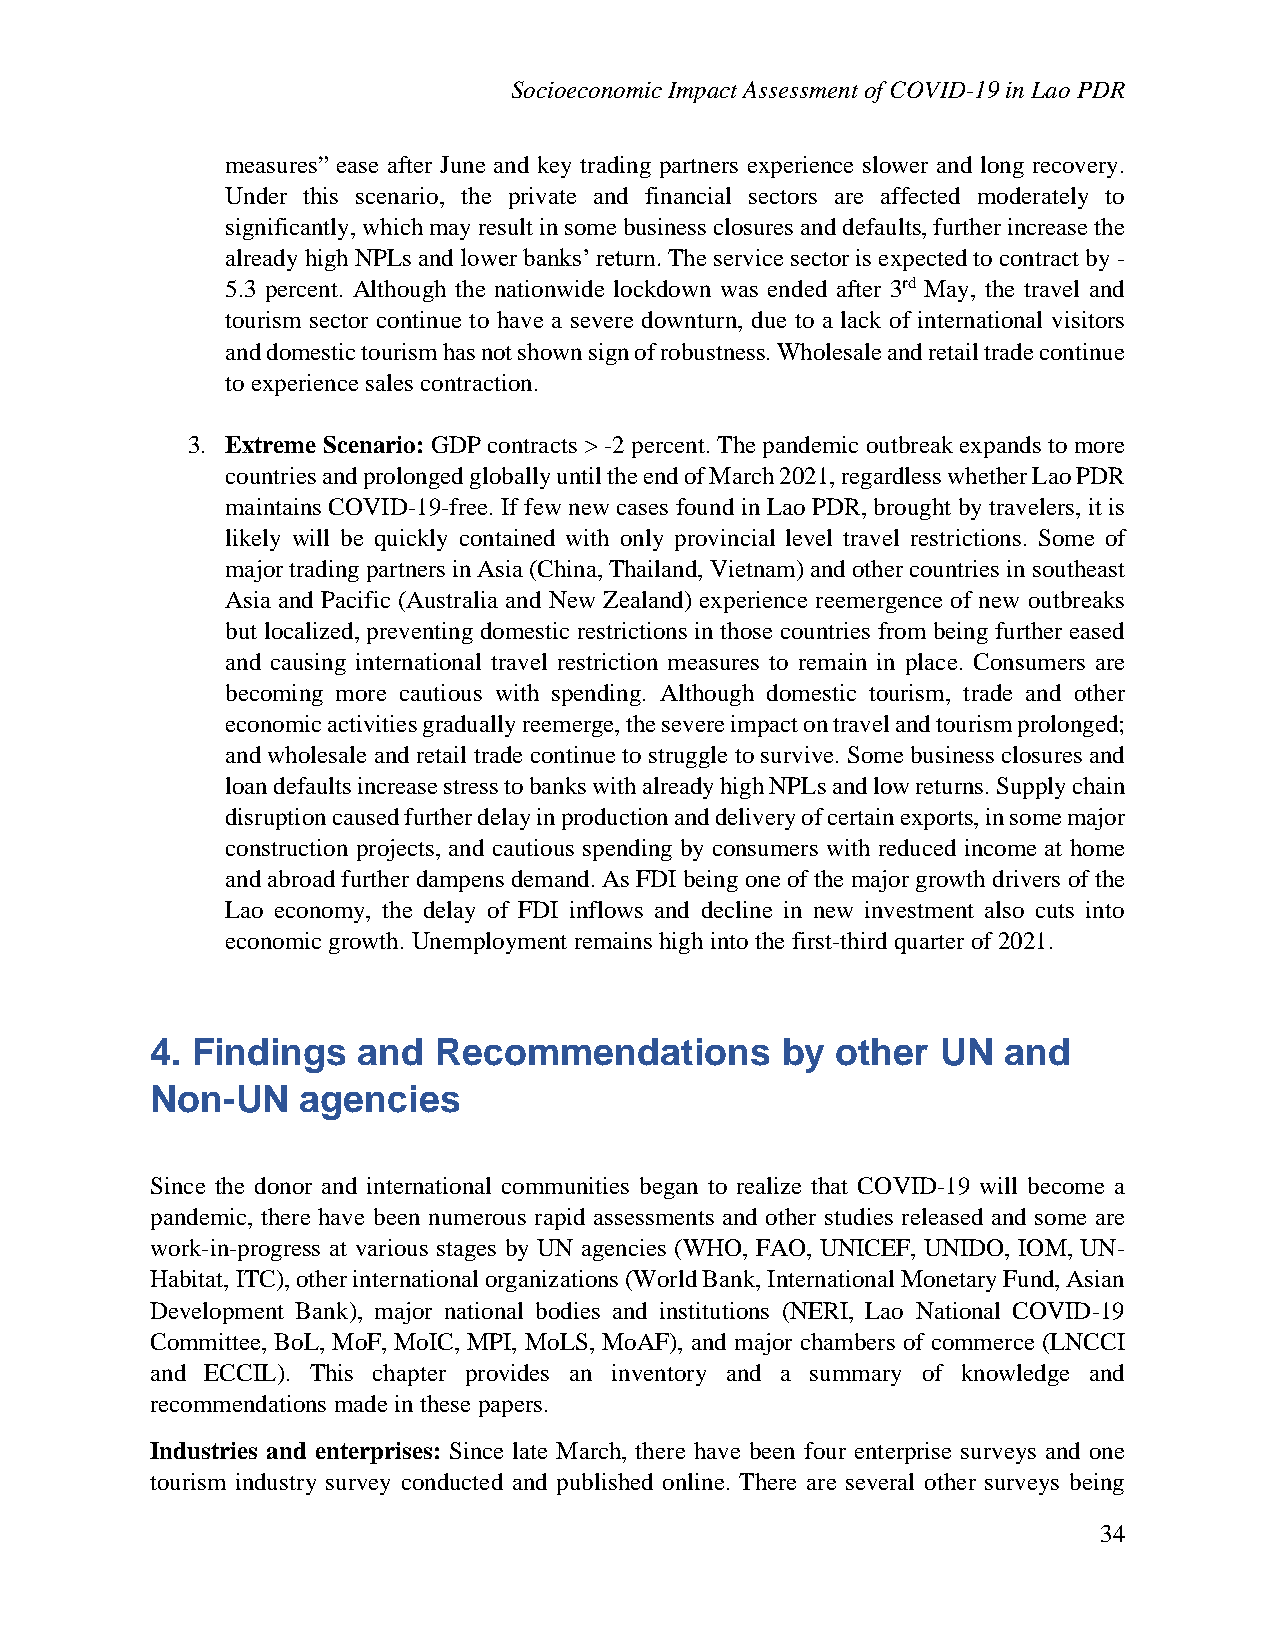
Socioeconomic Impact Assessment of COVID-19 in Lao PDR
 measures” ease after June and key trading partners experience slower and long recovery.
 Under this scenario, the private and financial sectors are affected moderately to
 significantly, which may result in some business closures and defaults, further increase the
 already high NPLs and lower banks’ return. The service sector is expected to contract by -
 5.3 percent. Although the nationwide lockdown was ended after 3rd May, the travel and
 tourism sector continue to have a severe downturn, due to a lack of international visitors
 and domestic tourism has not shown sign of robustness. Wholesale and retail trade continue
 to experience sales contraction.
 3. Extreme Scenario: GDP contracts > -2 percent. The pandemic outbreak expands to more
 countries and prolonged globally until the end of March 2021, regardless whether Lao PDR
 maintains COVID-19-free. If few new cases found in Lao PDR, brought by travelers, it is
 likely will be quickly contained with only provincial level travel restrictions. Some of
 major trading partners in Asia (China, Thailand, Vietnam) and other countries in southeast
 Asia and Pacific (Australia and New Zealand) experience reemergence of new outbreaks
 but localized, preventing domestic restrictions in those countries from being further eased
 and causing international travel restriction measures to remain in place. Consumers are
 becoming more cautious with spending. Although domestic tourism, trade and other
 economic activities gradually reemerge, the severe impact on travel and tourism prolonged;
 and wholesale and retail trade continue to struggle to survive. Some business closures and
 loan defaults increase stress to banks with already high NPLs and low returns. Supply chain
 disruption caused further delay in production and delivery of certain exports, in some major
 construction projects, and cautious spending by consumers with reduced income at home
 and abroad further dampens demand. As FDI being one of the major growth drivers of the
 Lao economy, the delay of FDI inflows and decline in new investment also cuts into
 economic growth. Unemployment remains high into the first-third quarter of 2021.
 4. Findings   and  Recommendations        by other  UN  and
 Non-UN    agencies
 Since the donor and international communities began to realize that COVID-19 will become a
 pandemic, there have been numerous rapid assessments and other studies released and some are
 work-in-progress at various stages by UN agencies (WHO, FAO, UNICEF, UNIDO, IOM, UN-
 Habitat, ITC), other international organizations (World Bank, International Monetary Fund, Asian
 Development Bank), major national bodies and institutions (NERI, Lao National COVID-19
 Committee, BoL, MoF, MoIC, MPI, MoLS, MoAF), and major chambers of commerce (LNCCI
 and ECCIL). This chapter provides an inventory and a summary of knowledge and
 recommendations made in these papers.
 Industries and enterprises: Since late March, there have been four enterprise surveys and one
 tourism industry survey conducted and published online. There are several other surveys being
 34